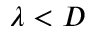
\lambda < D